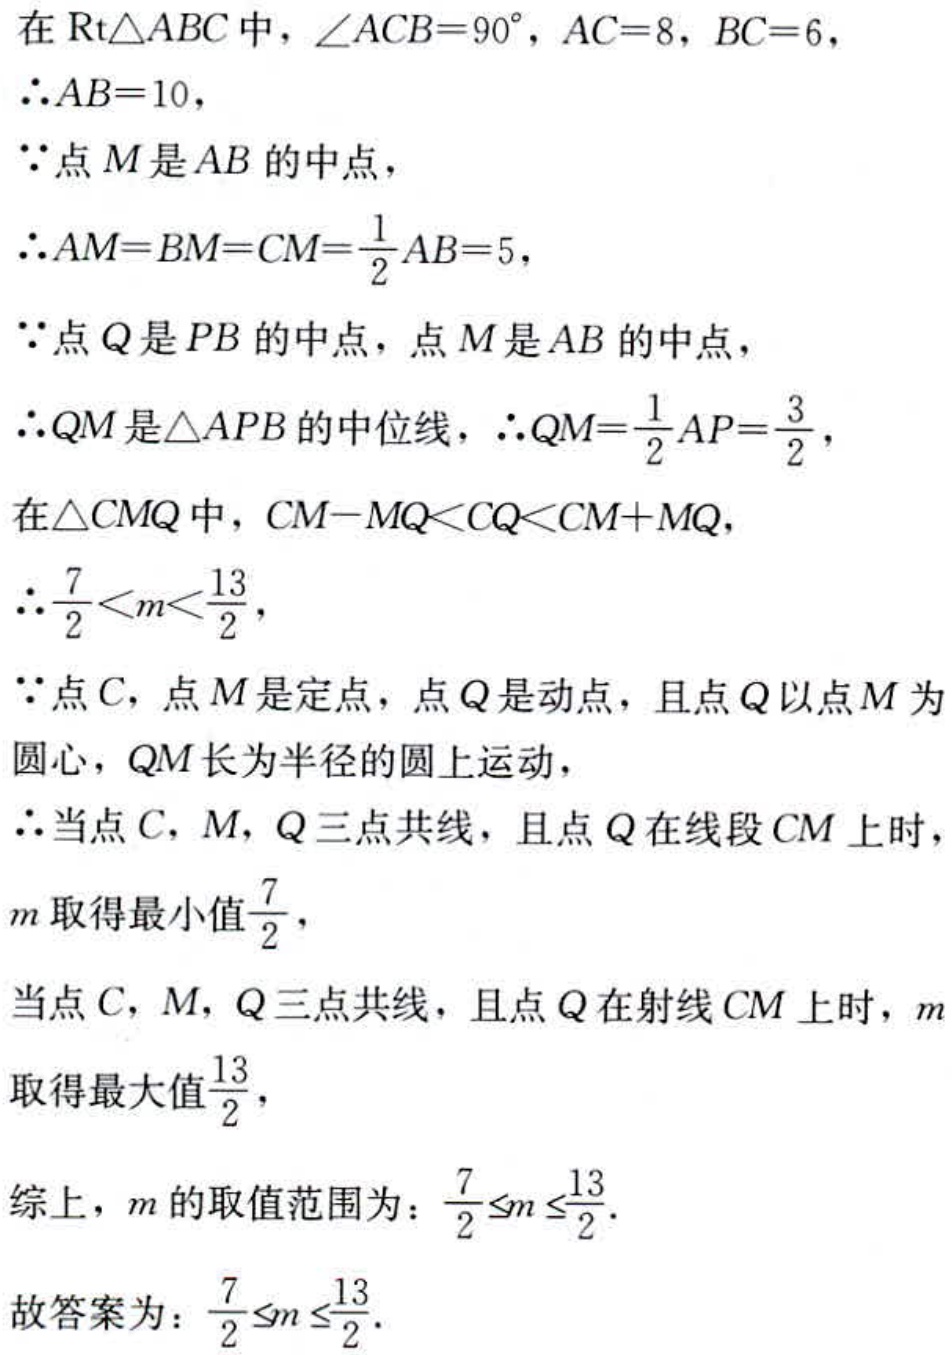
在\(Rt\triangle ABC\)中，\(\angle ACB = 90^{\circ}\)，\(AC = 8\)，\(BC = 6\)，
\(\therefore AB = 10\)，
\(\because\)点\(M\)是\(AB\)的中点，
\(\therefore AM = BM = CM=\frac{1}{2}AB = 5\)，
\(\because\)点\(Q\)是\(PB\)的中点，点\(M\)是\(AB\)的中点，
\(\therefore QM\)是\(\triangle APB\)的中位线，\(\therefore QM=\frac{1}{2}AP=\frac{3}{2}\)，
在\(\triangle CMQ\)中，\(CM - MQ<CQ<CM + MQ\)，
\(\therefore\frac{7}{2}<m<\frac{13}{2}\)，
\(\because\)点\(C\)，点\(M\)是定点，点\(Q\)是动点，且点\(Q\)以点\(M\)为圆心，\(QM\)长为半径的圆上运动，
\(\therefore\)当点\(C\)，\(M\)，\(Q\)三点共线，且点\(Q\)在线段\(CM\)上时，\(m\)取得最小值\(\frac{7}{2}\)，
当点\(C\)，\(M\)，\(Q\)三点共线，且点\(Q\)在射线\(CM\)上时，\(m\)取得最大值\(\frac{13}{2}\)，
综上，\(m\)的取值范围为：\(\frac{7}{2}\leq m\leq\frac{13}{2}\).
故答案为：\(\frac{7}{2}\leq m\leq\frac{13}{2}\).